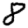
Digit: 8